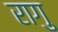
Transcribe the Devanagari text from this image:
रागु